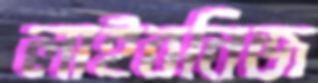
লাইবনিজ